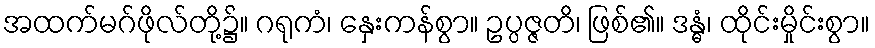
အထက်မဂ်ဖိုလ်တို့၌။ ဂရုကံ၊ နှေးကန်စွာ။ ဥပ္ပဇ္ဇတိ၊ ဖြစ်၏။ ဒန္ဓံ၊ ထိုင်းမှိုင်းစွာ။